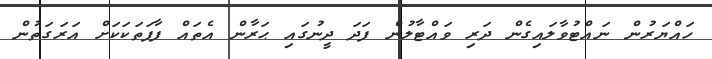
ހައްޔަރުން ނައްޓުވާލައިގެން ދަރި ވައްޓާލުން ފަދަ ދީނުގައި ޙަރާން އެތައް ފާފަތަކަކަށް އަރަގަތުން